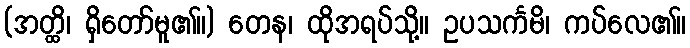
(အတ္ထိ၊ ရှိတော်မူ၏။) တေန၊ ထိုအရပ်သို့။ ဥပသင်္ကမိ၊ ကပ်လေ၏။